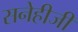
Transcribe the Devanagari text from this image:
सनेहीजी